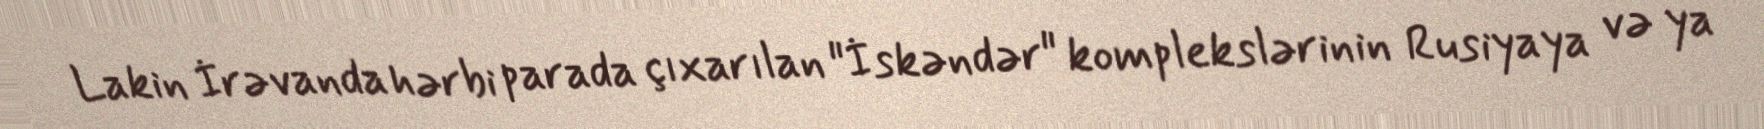
Lakin İrəvanda hərbi parada çıxarılan "İskəndər" komplekslərinin Rusiyaya və ya